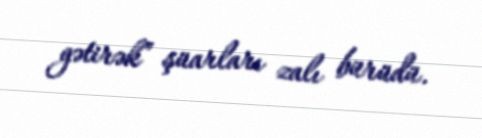
gətirək” şüarları zalı bürüdü.